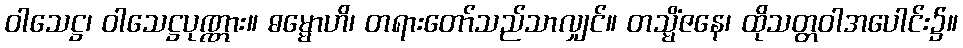
ဝါသေဋ္ဌ၊ ဝါသေဋ္ဌပုဏ္ဏား။ ဓမ္မောဟိ၊ တရားတော်သည်သာလျှင်။ တသ္မိံဇနေ၊ ထိုသတ္တဝါအပေါင်း၌။